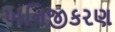
ખનિજીકરણ